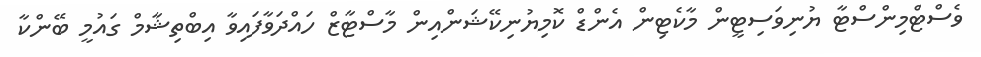
ވެސްޓްމިންސްޓާ ޔުނިވަސިޓީން މާކެޓިން އެންޑް ކޮމިޔުނިކޭޝަންއިން މާސްޓާޒް ހައްދަވާފައިވާ އިބްތިޝާމް ގައުމީ ބޭންކާ